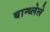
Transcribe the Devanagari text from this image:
बान्ध्लेले